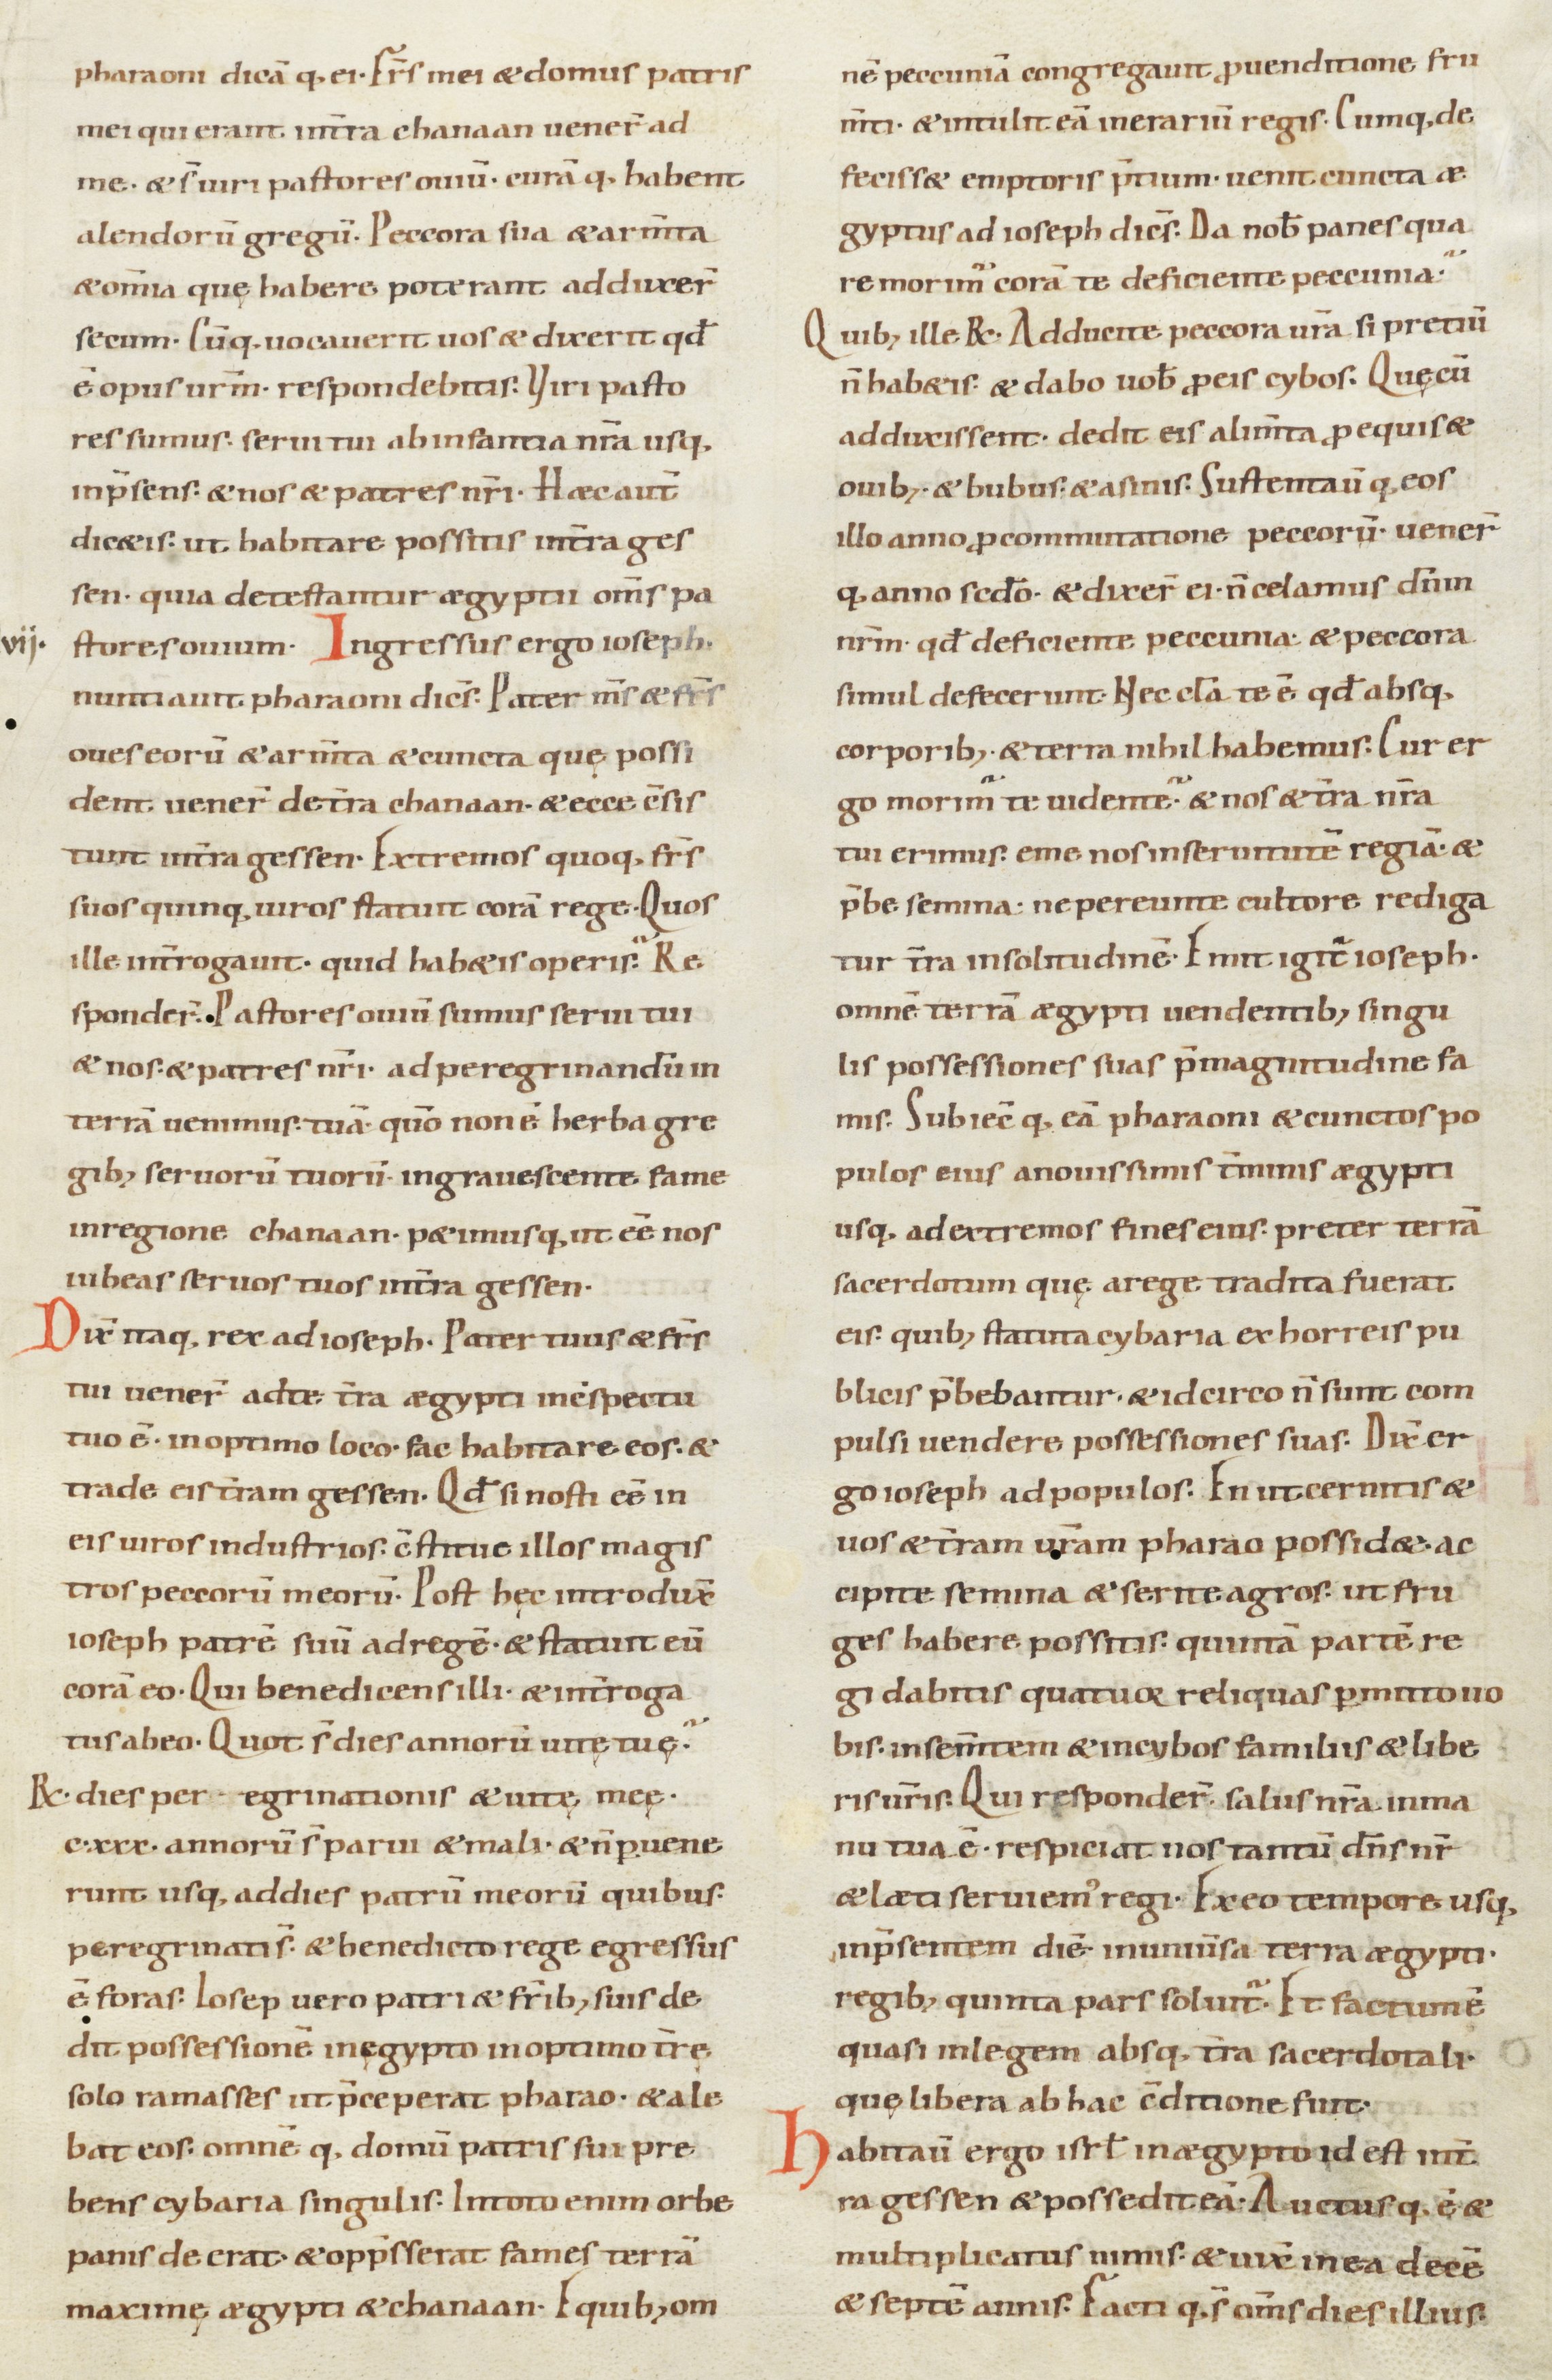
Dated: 900–999